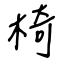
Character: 椅